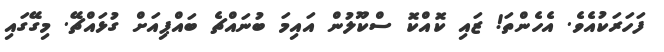
ފަހަރަކުއެވެ. އެހެންތަ! ޒައި ކޮއްކޮ ސްކޫލުން އައިމަ ބުނައްޗެ ބައްޕިއަށް ގުޅައްޗޭ. މިގޭގައި